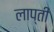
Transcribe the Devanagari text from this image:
लाप्ती